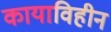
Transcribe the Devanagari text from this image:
कायाविहीन